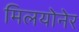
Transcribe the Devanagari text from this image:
मिलयोनेर